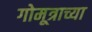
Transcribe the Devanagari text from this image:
गोमूत्राच्या